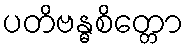
ပတိဗန္ဓစိတ္တော